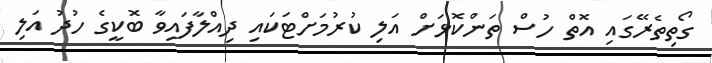
ގޯތިތެރޭގައި އޮތް ހުސް ތަންކޮޅަށް އަލި ކުރުމަށްޓަކައި ދިއްލާފައިވާ ބޮކީގެ ހުދު އަލި